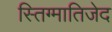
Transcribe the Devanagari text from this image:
स्तिग्मातिजेद